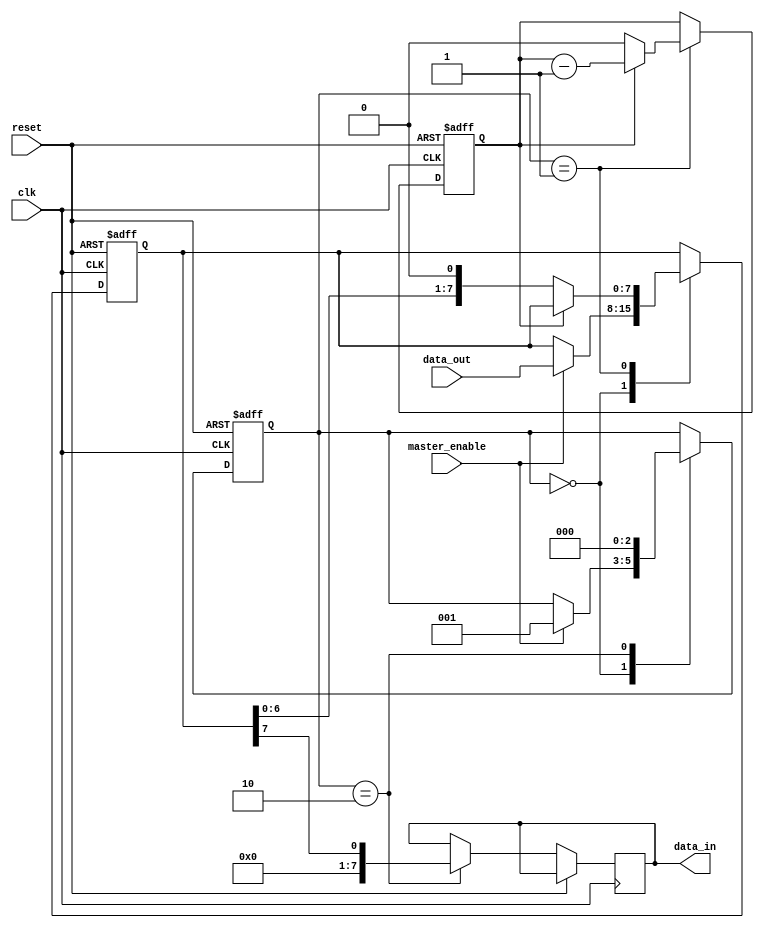
module SPI_controller (
    input wire clk,
    input wire reset,
    input wire master_enable,
    input wire [7:0] data_out,
    output reg [7:0] data_in
);

reg [7:0] shift_reg;
reg [2:0] state;
reg clk_divider;

parameter IDLE = 3'b000;
parameter TRANSFER = 3'b001;
parameter WAIT = 3'b010;

always @(posedge clk or posedge reset) begin
    if (reset) begin
        shift_reg <= 8'b0;
        state <= IDLE;
        clk_divider <= 0;
    end else begin
        case (state)
            IDLE: begin
                if (master_enable) begin
                    state <= TRANSFER;
                    shift_reg <= data_out;
                end
            end
            TRANSFER: begin
                if (clk_divider == 4'd0) begin
                    clk_divider <= 4'd4;
                    shift_reg <= {shift_reg[6:0], 1'b0};
                end else begin
                    clk_divider <= clk_divider - 1;
                end
                if (clk_divider == 4'd2) begin
                    state <= WAIT;
                end
            end
            WAIT: begin
                data_in <= shift_reg[7];
                state <= IDLE;
            end
        endcase
    end
end

endmodule